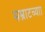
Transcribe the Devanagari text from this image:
सम्राटच्याा